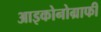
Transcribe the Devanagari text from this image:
आइकोनोग्राफी